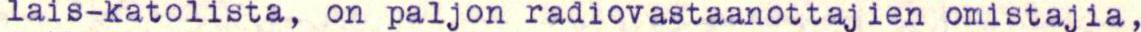
lais-katolista, on paljon radiovastaanottajien omistajia,